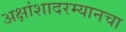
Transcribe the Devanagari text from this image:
अक्षांशादरम्यानचा